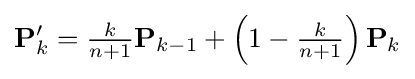
\mathbf {P} '_{k}={\tfrac {k}{n+1}}\mathbf {P} _{k-1}+\left(1-{\tfrac {k}{n+1}}\right)\mathbf {P} _{k}